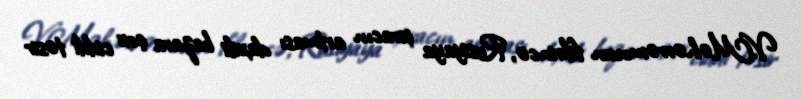
V.Məhərrəmovun fikrincə, Rusiyaya ixracın artması daxili bazara çox ciddi təsir